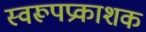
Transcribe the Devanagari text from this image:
स्वरूपप्रकाशक